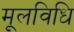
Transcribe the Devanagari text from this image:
मूलविधि